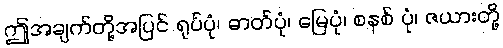
ဤအချက်တို့အပြင် ရုပ်ပုံ၊ ဓာတ်ပုံ၊ မြေပုံ၊ စနစ် ပုံ၊ ဇယားတို့